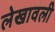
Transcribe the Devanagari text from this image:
लेखावली